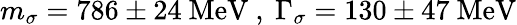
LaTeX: m_{\sigma}=786\pm 24\ \mathrm{MeV}\ ,\ \Gamma_{\sigma}=130\pm 47\ \mathrm{MeV}